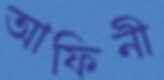
আফিনী